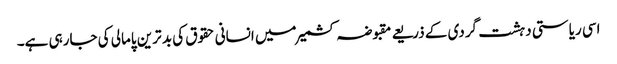
اسی ریاستی دہشت گردی کے ذریعے مقبوضہ کشمیر میں انسانی حقوق کی بد ترین پامالی کی جارہی ہے۔